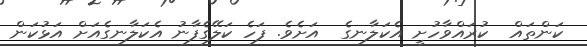
ކަންތައް  ކުރައްވާހުށީ އެކަލާނގެ  އަށެވެ. ފަހެ ކަލޭގެފާނު އެކަލާނގެއަށް އަޅުކަން